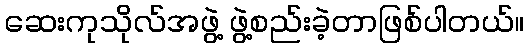
ဆေးကုသိုလ်အဖွဲ့ ဖွဲ့စည်းခဲ့တာဖြစ်ပါတယ်။